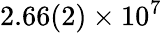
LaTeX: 2.66(2)\times 10^{7}